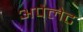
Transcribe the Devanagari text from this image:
अपेलेट